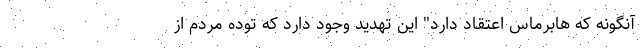
آنگونه كه هابرماس اعتقاد دارد" اين تهديد وجود دارد که توده مردم از